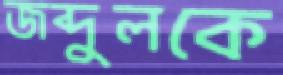
জব্দুলকে